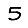
Digit: 5